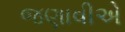
જણાવીએ